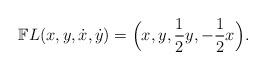
LaTeX: \begin{align*}\mathbb{F}L(x,y,\dot x,\dot y) = \Big(x,y,\frac{1}{2} y,-\frac{1}{2} x\Big).\end{align*}